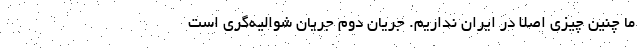
ما چنین چیزی اصلا در ایران نداریم. جریان دوم جریان شوالیه‌گری است